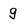
Character: g